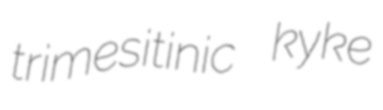
trimesitinic kyke